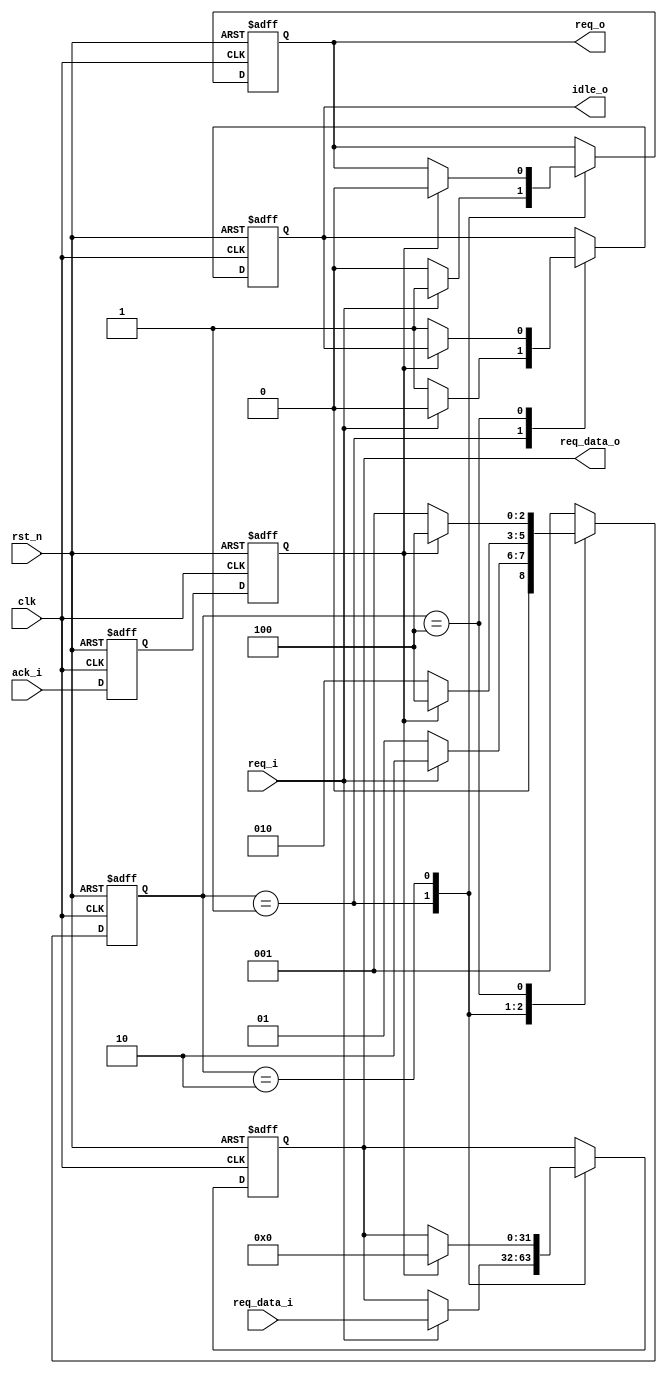
module full_handshake_tx #(
    parameter DW = 32)(             // TX要发送数据的位宽

    input wire clk,                 // TX端时钟信号
    input wire rst_n,               // TX端复位信号

    // from rx
    input wire ack_i,               // RX端应答信号

    // from tx
    input wire req_i,               // TX端请求信号，只需持续一个时钟
    input wire[DW-1:0] req_data_i,  // TX端要发送的数据，只需持续一个时钟

    // to tx
    output wire idle_o,             // TX端是否空闲信号，空闲才能发数据

    // to rx
    output wire req_o,              // TX端请求信号
    output wire[DW-1:0] req_data_o  // TX端要发送的数据

    );

    localparam STATE_IDLE     = 3'b001;
    localparam STATE_ASSERT   = 3'b010;
    localparam STATE_DEASSERT = 3'b100;

    reg[2:0] state;
    reg[2:0] state_next;

    always @ (posedge clk or negedge rst_n) begin
        if (!rst_n) begin
            state <= STATE_IDLE;
        end else begin
            state <= state_next;
        end
    end

    always @ (*) begin
        case (state)
            STATE_IDLE: begin
                if (req_i == 1'b1) begin
                    state_next = STATE_ASSERT;
                end else begin
                    state_next = STATE_IDLE;
                end
            end
            // 等待ack=1
            STATE_ASSERT: begin
                if (!ack) begin
                    state_next = STATE_ASSERT;
                end else begin
                    state_next = STATE_DEASSERT;
                end
            end
            // 等待ack=0
            STATE_DEASSERT: begin
                if (!ack) begin
                    state_next = STATE_IDLE;
                end else begin
                    state_next = STATE_DEASSERT;
                end
            end
            default: begin
                state_next = STATE_IDLE;
            end
        endcase
    end

    reg ack_d;
    reg ack;

    // 将应答信号打两拍进行同步
    always @ (posedge clk or negedge rst_n) begin
        if (!rst_n) begin
            ack_d <= 1'b0;
            ack <= 1'b0;
        end else begin
            ack_d <= ack_i;
            ack <= ack_d;
        end
    end

    reg req;
    reg[DW-1:0] req_data;
    reg idle;

    always @ (posedge clk or negedge rst_n) begin
        if (!rst_n) begin
            idle <= 1'b1;
            req <= 1'b0;
            req_data <= {(DW){1'b0}};
        end else begin
            case (state)
                // 锁存TX请求数据，在收到ack之前一直保持有效
                STATE_IDLE: begin
                    if (req_i == 1'b1) begin
                        idle <= 1'b0;
                        req <= req_i;
                        req_data <= req_data_i;
                    end else begin
                        idle <= 1'b1;
                        req <= 1'b0;
                    end
                end
                // 收到RX的ack之后撤销TX请求
                STATE_ASSERT: begin
                    if (ack == 1'b1) begin
                        req <= 1'b0;
                        req_data <= {(DW){1'b0}};
                    end
                end
                STATE_DEASSERT: begin
                    if (!ack) begin
                        idle <= 1'b1;
                    end
                end
            endcase
        end
    end

    assign idle_o = idle;
    assign req_o = req;
    assign req_data_o = req_data;

endmodule